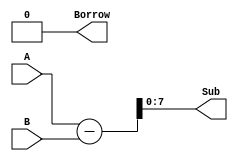
module subtractor(
    input [7:0] A,
    input [7:0] B,
    output [7:0] Sub,
    output Borrow
);

assign Borrow = 1'b0;

// Combinational logic for subtraction
assign {Borrow, Sub} = A - B;

endmodule